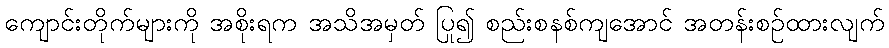
ကျောင်းတိုက်များကို အစိုးရက အသိအမှတ် ပြု၍ စည်းစနစ်ကျအောင် အတန်းစဉ်ထားလျက်